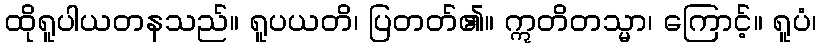
ထိုရူပါယတနသည်။ ရူပယတိ၊ ပြတတ်၏။ ဣတိတသ္မာ၊ ကြောင့်။ ရူပံ၊